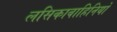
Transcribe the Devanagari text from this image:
लसिकावाहिनियों